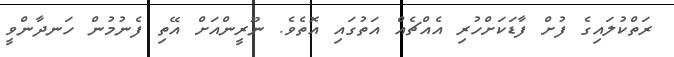
ރަތްކުލައިގެ ފުށް ފާޑަކަށްހުރި އެއްޗެއް އަތުގައި އޮތެވެ. ނޫރީންއަށް އޭތި ފެނުމުން ހަނދާންވީ